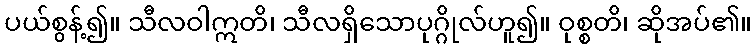
ပယ်စွန့်၍။ သီလဝါဣတိ၊ သီလရှိသောပုဂ္ဂိုလ်ဟူ၍။ ဝုစ္စတိ၊ ဆိုအပ်၏။